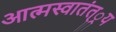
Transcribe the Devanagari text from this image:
आत्मस्वातंत््रय